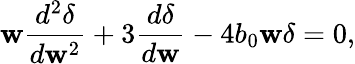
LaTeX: \mathbf{w}\frac{{d^{2}\delta}}{{d\mathbf{w}^{2}}}+3\frac{{d\delta}}{{d\mathbf{w}}}-4b_{0}\mathbf{w}\delta=0,